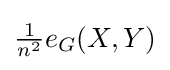
{\tfrac {1}{n^{2}}}e_{G}(X,Y)